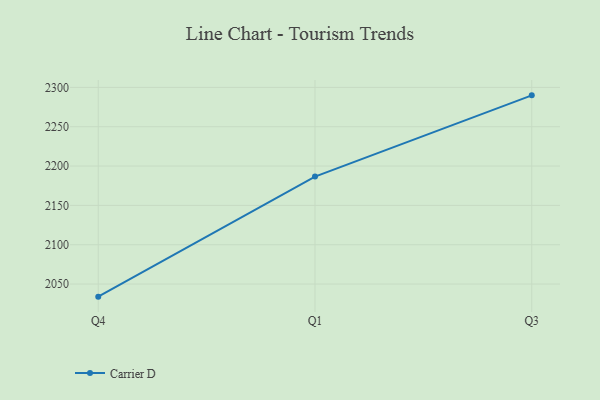
{"axis": {"x": "Quarter", "y": "Temperature (°C)"}, "legend": ["Carrier D"], "data": [{"x": "Q4", "y": 2034.0, "type": "Carrier D"}, {"x": "Q1", "y": 2186.6, "type": "Carrier D"}, {"x": "Q3", "y": 2289.9, "type": "Carrier D"}]}